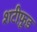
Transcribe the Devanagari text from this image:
शटीफ़ूड